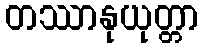
တဿာနုယုတ္တာ